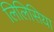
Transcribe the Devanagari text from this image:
लिलिसिया